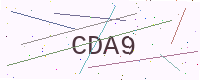
Text: CDA9